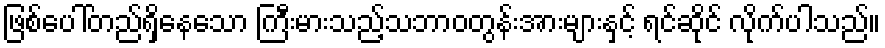
ဖြစ်ပေါ်တည်ရှိနေသော ကြီးမားသည့်သဘာဝတွန်းအားများနှင့် ရင်ဆိုင် လိုက်ပါသည်။